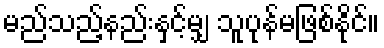
မည်သည့်နည်းနှင့်မျှ သူပုန်မဖြစ်နိုင်။